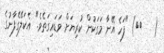
(   ٨٥) "ފަހެ އޭނާ މަގަކުން ކުރިޔަށް ވަޑައިގަތެވެ." އެކަލޭގެފާނުގެ